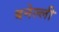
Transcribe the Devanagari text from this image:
बनेल्ली